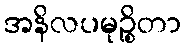
အနိလပမုဉ္စိတာ